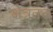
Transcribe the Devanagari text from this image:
क्षेत्रतल